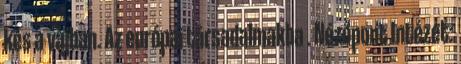
kés a vajban. Az európai társadalmakba . Nézőpont Intézet: